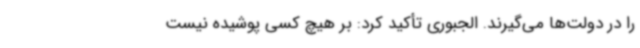
را در دولت‌ها می‌گیرند. الجبوری تأکید کرد: بر هیچ کسی پوشیده نیست